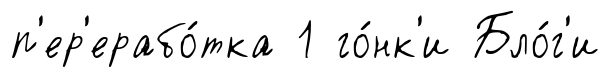
п'ер'ерабо́тка 1 го́нк'и Бло́г'и